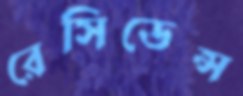
রেসিডেন্স